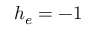
h _ { e } = - 1